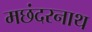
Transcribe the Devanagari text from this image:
मछंदरनाथ